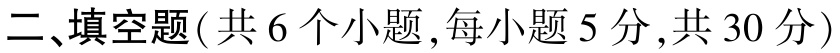
二、填空题(共 6 个小题,每小题 5 分,共 30 分)